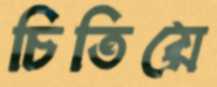
চিতিয়ে